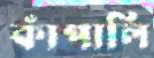
কাঁপালি